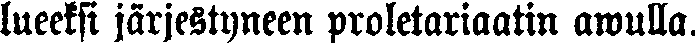
lueeksi järjestyneen proletariaatin awulla.